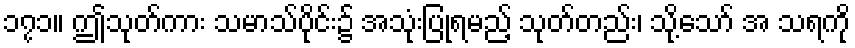
၁၇၁။ ဤသုတ်ကား သမာသ်ပိုင်း၌ အသုံးပြုရမည့် သုတ်တည်း၊ သို့သော် အ သရကို